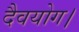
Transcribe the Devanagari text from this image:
दैवयोग।